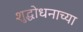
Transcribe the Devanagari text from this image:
शुद्धोधनाच्या